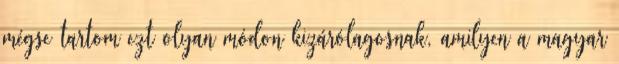
mégse tartom ezt olyan módon kizárólagosnak, amilyen a magyar